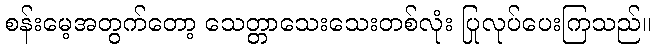
စန်းမေ့အတွက်တော့ သေတ္တာသေးသေးတစ်လုံး ပြုလုပ်ပေးကြသည်။